Problem: 4 × 7 = ?
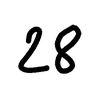
Handwritten answer: 28